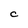
Character: C